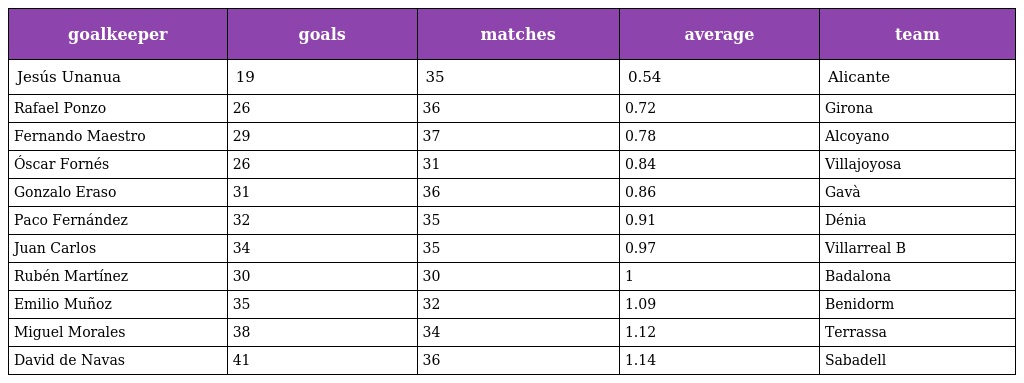
| goalkeeper | goals | matches | average | team |
 | --- | --- | --- | --- | --- |
 | Jesús Unanua | 19 | 35 | 0.54 | Alicante |
 | Rafael Ponzo | 26 | 36 | 0.72 | Girona |
 | Fernando Maestro | 29 | 37 | 0.78 | Alcoyano |
 | Óscar Fornés | 26 | 31 | 0.84 | Villajoyosa |
 | Gonzalo Eraso | 31 | 36 | 0.86 | Gavà |
 | Paco Fernández | 32 | 35 | 0.91 | Dénia |
 | Juan Carlos | 34 | 35 | 0.97 | Villarreal B |
 | Rubén Martínez | 30 | 30 | 1 | Badalona |
 | Emilio Muñoz | 35 | 32 | 1.09 | Benidorm |
 | Miguel Morales | 38 | 34 | 1.12 | Terrassa |
 | David de Navas | 41 | 36 | 1.14 | Sabadell |